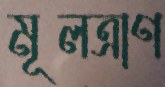
মূলত্রাণ